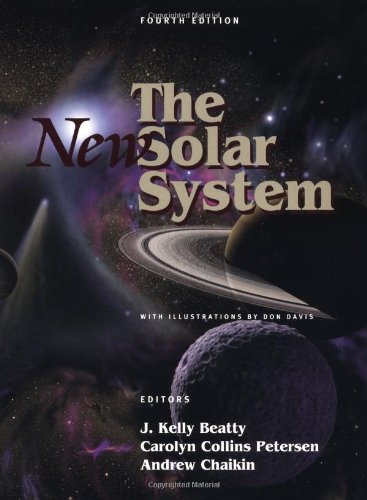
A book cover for The New Solar System; Science & Math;